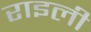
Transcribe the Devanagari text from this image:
राइली